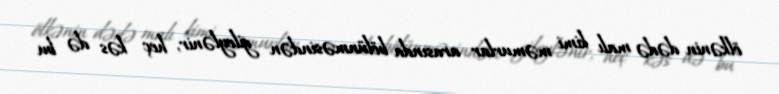
ölkənin dədə malı kimi məmurlar arasında bölünməsindən gileylənir, heç kəs də bu